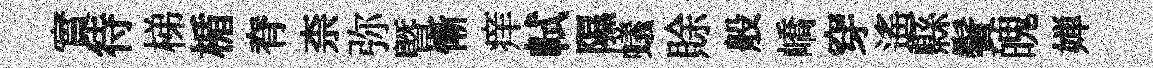
實待梯楯脊柰弥曁慚痒軾隰蟻賖般嶠穿遙縣鬢魄婵